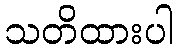
သတိထားပါ